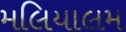
મલિયાલમ